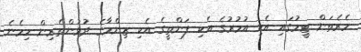
މެރެތަން ޓީމުގައި އެކި އުމުރުގެ އެކި ފަންތީގެ އެކި ޒިންމާގެ ދުވުންތެރިން ހިމެނެ